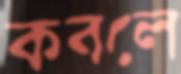
কবলে